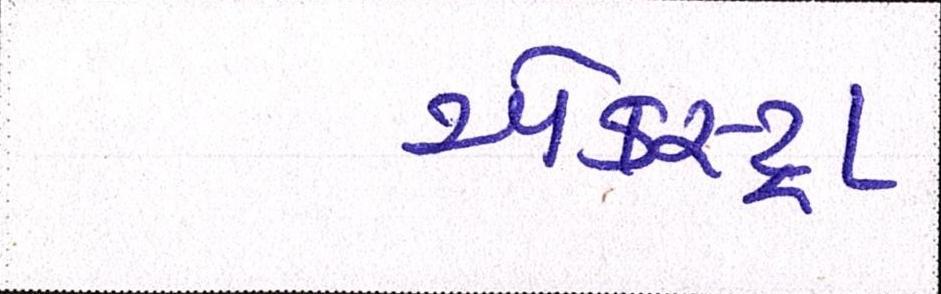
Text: એકસ્ટ્રા